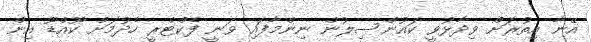
އޭނާ އިތުރަށް ވިދާޅުވީ ކައުންސިލުން ނިންމާފައި ވަނީ ފެކްޓްރީ ހެދުމަށް ކޫއްޑޫ އިން